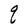
Character: q